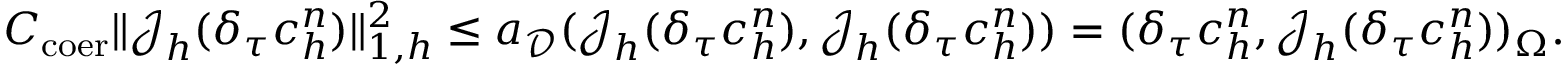
\begin{array} { r } { C _ { \mathrm { c o e r } } \| \boldsymbol { \mathcal { J } } _ { h } ( \delta _ { \tau } c _ { h } ^ { n } ) \| _ { 1 , h } ^ { 2 } \leq a _ { \mathcal { D } } ( \boldsymbol { \mathcal { J } } _ { h } ( \delta _ { \tau } c _ { h } ^ { n } ) , \boldsymbol { \mathcal { J } } _ { h } ( \delta _ { \tau } c _ { h } ^ { n } ) ) = ( \delta _ { \tau } c _ { h } ^ { n } , \boldsymbol { \mathcal { J } } _ { h } ( \delta _ { \tau } c _ { h } ^ { n } ) ) _ { \Omega } . } \end{array}